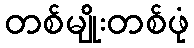
တစ်မျိုးတစ်ဖုံ